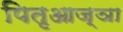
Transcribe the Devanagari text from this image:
पितृआज्ञा